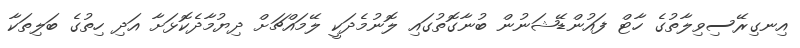
އިނގިރޭސިވިލާތުގެ ހާޓް ފައުންޑޭޝަނުން ބުނާގޮތުގައި ލޮނުމެދަކީ ލޭމައްޗަށް ދިޔުމާދެކޮޅަށާ އަދި ހިތުގެ ބަލިތަކާ